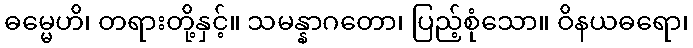
ဓမ္မေဟိ၊ တရားတို့နှင့်။ သမန္နာဂတော၊ ပြည့်စုံသော။ ဝိနယဓရော၊